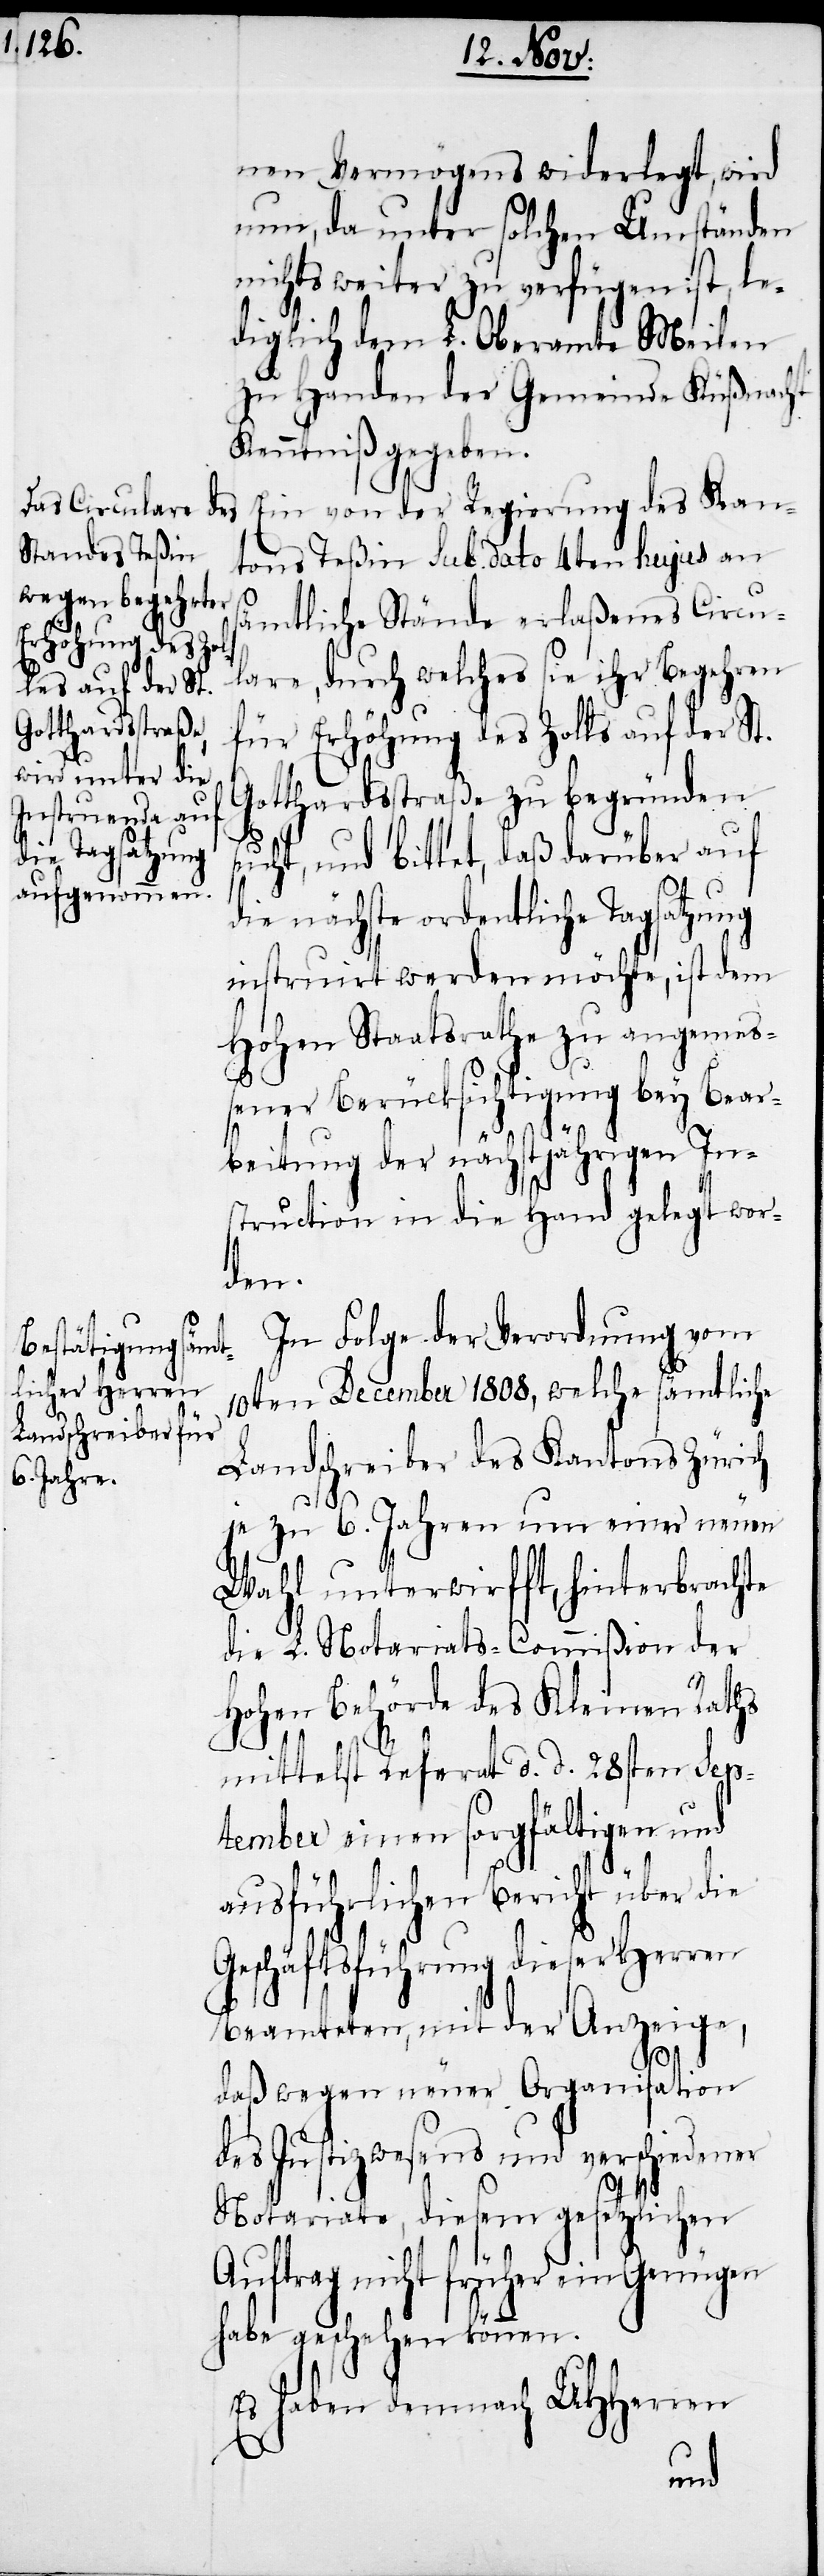
nen Vermögens widerlegt, wird
nun, da unter solchen Umständen
nichts weiter zu verfügen ist, le¬
diglich dem L. Oberamte Meilen
zu Handen der Gemeinde Küßnacht
Kenntniß gegeben.
Ein von der Regierung des Kan¬
tons Teßin sub dato 4ten hujus an
sämtliche Stände erlaßenes Circu¬
lare, durch welches sie ihr Begehren
für Erhöhung des Zolls auf der S¬
Gotthardsstraße zu begründen
sucht, und bittet, daß darüber auf
die nächste ordentliche Tagsatzung
instruirt werden möchte, ist dem
Hohen Staatsrathe zu angemeß¬
ener Berücksichtigung bey Bear¬
beitung der nächstjährigen In¬
struction in die Hand gelegt wor¬
den.
In Folge der Verordnung vom
10ten December 1808, welche sämtliche
Landschreiber des Kantons Zürich
je zu 6. Jahren um einer neuen
Wahl unterwirfft, hinterbrachte
die L. Notariats-Commißion der
Hohen Behörde des Kleinen Raths
mittelst Referat d. d. 28sten Sep¬
tember einen sorgfältigen und
ausführlichen Bericht über die
Geschäftsführung dieser Herren
Beamteten, mit der Anzeige,
daß wegen neuer Organisation
des Justizwesens und verschiedener
t.
Notariate, diesem gesetzlichen
Auftrag nicht früher ein Genügen
habe geschehen können.
Es haben demnach UHHerren